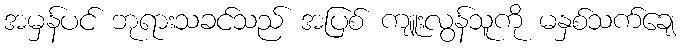
အမှန်ပင် ဘုရားသခင်သည် အပြစ် ကျူးလွန်သူကို မနှစ်သက်ချေ